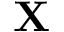
{ \bf X }